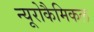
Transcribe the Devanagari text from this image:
न्यूरोकैमिकल